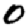
Digit: 0